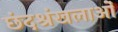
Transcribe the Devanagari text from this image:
छंदश्रंखलाओं